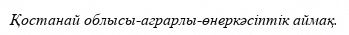
Қостанай облысы-аграрлы-өнеркәсіптік аймақ.